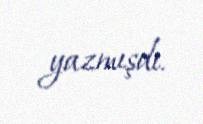
yazmışdı.